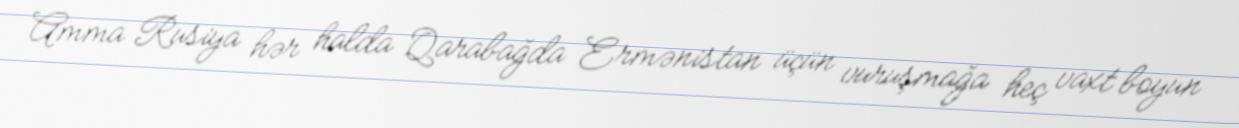
Amma Rusiya hər halda Qarabağda Ermənistan üçün vuruşmağa heç vaxt boyun